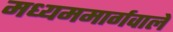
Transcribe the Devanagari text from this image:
मध्यममार्गवाले